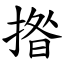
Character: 揝